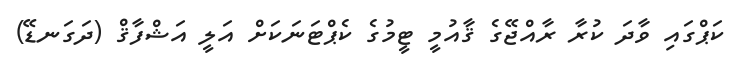
ކަޕްގައި ވާދަ ކުރާ ރާއްޖޭގެ ޤާއުމީ ޓީމުގެ ކެޕްޓަނަކަށް އަލީ އަޝްފާޤް (ދަގަނޑޭ)